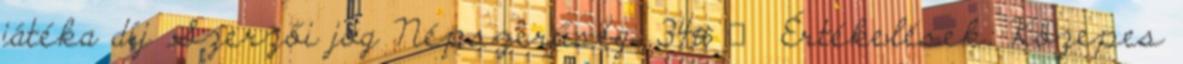
játéka díj Szerzői jog Népszerűség: 34# ▼ Értékelések: Közepes